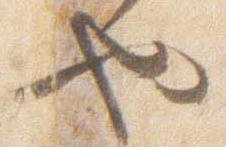
也